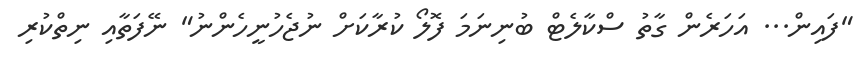
"ފައިން... އަހަރެން ގާތު ސްކާލެޓް ބުނިނަމަ ފޮލޯ ކުރާކަށް ނުޖެހުނީހެންނު" ނޭފަތާއި ނިތްކުރި